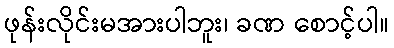
ဖုန်းလိုင်းမအားပါဘူး၊ ခဏ စောင့်ပါ။